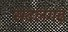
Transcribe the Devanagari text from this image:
सदलगढ़